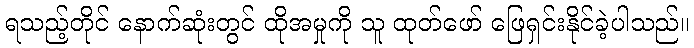
ရသည့်တိုင် နောက်ဆုံးတွင် ထိုအမှုကို သူ ထုတ်ဖော် ဖြေရှင်းနိုင်ခဲ့ပါသည်။